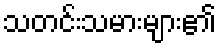
သတင်းသမားများ၏